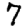
Digit: 7